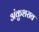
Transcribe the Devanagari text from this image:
अंकुशराव